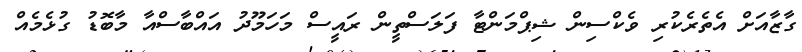
ގާޒާއަށް އެތެރެކުރި ވެކްސިން ޝިޕްމަންޓާ ފަލަސްތީން ރައީސް މަހަމޫދު އައްބާސްއާ މާބޮޑު ގުޅެމެއް